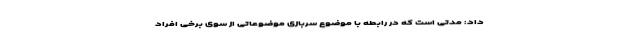
داد: مدتی است که در رابطه با موضوع سربازی موضوعاتی از سوی برخی افراد